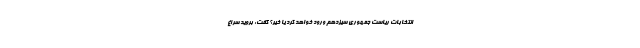
انتخابات ریاست جمهوری سیزدهم ورود خواهد کرد یا خیر؟ گفت: بروید سراغ